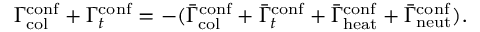
\Gamma _ { \mathrm { c o l } } ^ { \mathrm { c o n f } } + \Gamma _ { t } ^ { \mathrm { c o n f } } = - ( \bar { \Gamma } _ { \mathrm { c o l } } ^ { \mathrm { c o n f } } + \bar { \Gamma } _ { t } ^ { \mathrm { c o n f } } + \bar { \Gamma } _ { \mathrm { h e a t } } ^ { \mathrm { c o n f } } + \bar { \Gamma } _ { \mathrm { n e u t } } ^ { \mathrm { c o n f } } ) .